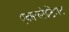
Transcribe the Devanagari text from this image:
एक्सप्लोईटेशन